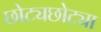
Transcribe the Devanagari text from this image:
छोट्यछोट्या